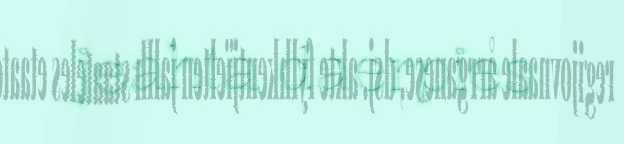
jeahta daerpies